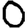
Digit: 0